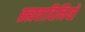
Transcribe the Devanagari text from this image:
ब्रह्मवादिनियों